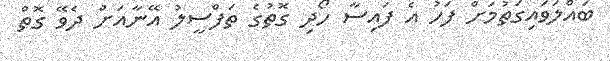
ބައްލަވައިގަތުމަށް ފަހު އެ ފައިސާ ހޯދި ގޮތުގެ ތަފްސީލު އޭނާއަށް ދެވޭ ގޮތް